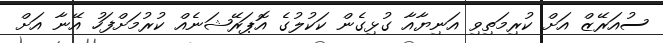
ސުއަރޭޒް އަށް ކުރިމަތިވި އަނިޔާއާ ގުޅިގެން ކަކުލުގެ އޮޕަރޭޝަނެއް ކުރުމަށްފަހު އޭނާ އަށް